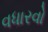
વધારવો